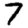
Digit: 7